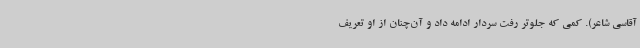
آقاسی شاعر). کمی که جلوتر رفت سردار ادامه داد و آن‌چنان از او تعریف